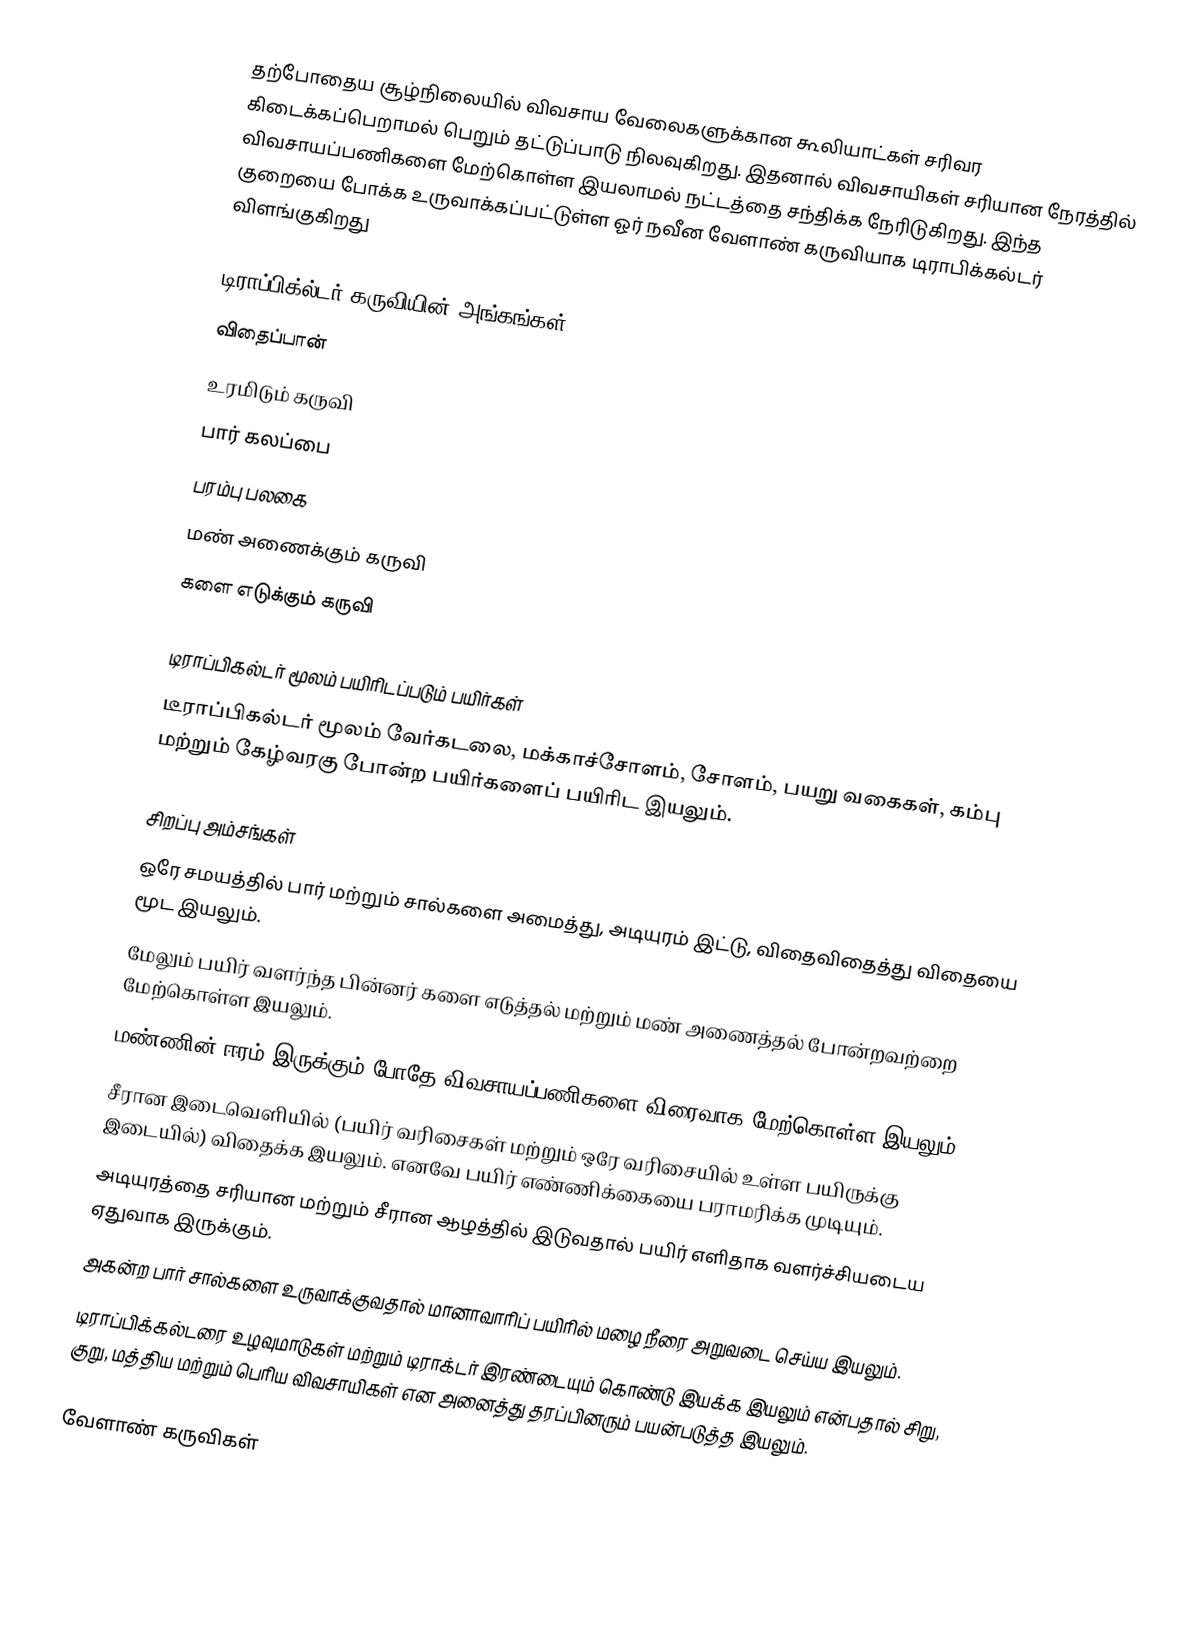
தற்போதைய சூழ்நிலையில் விவசாய வேலைகளுக்கான கூலியாட்கள் சரிவர கிடைக்கப்பெறாமல் பெறும் தட்டுப்பாடு நிலவுகிறது. இதனால் விவசாயிகள் சரியான நேரத்தில் விவசாயப்பணிகளை மேற்கொள்ள இயலாமல் நட்டத்தை சந்திக்க நேரிடுகிறது. இந்த குறையை போக்க உருவாக்கப்பட்டுள்ள ஓர் நவீன வேளாண் கருவியாக டிராபிக்கல்டர் விளங்குகிறது

டிராப்பிக்ல்டர் கருவியின் அங்கங்கள்
 விதைப்பான்
 உரமிடும் கருவி
 பார் கலப்பை
 பரம்பு பலகை
 மண் அணைக்கும் கருவி
 களை எடுக்கும் கருவி

டிராப்பிகல்டர் மூலம் பயிரிடப்படும் பயிர்கள்
டீராப்பிகல்டர் மூலம் வேர்கடலை, மக்காச்சோளம், சோளம், பயறு வகைகள், கம்பு மற்றும் கேழ்வரகு போன்ற பயிர்களைப் பயிரிட இயலும்.

சிறப்பு அம்சங்கள்
 ஒரே சமயத்தில் பார் மற்றும் சால்களை அமைத்து, அடியுரம் இட்டு, விதைவிதைத்து விதையை மூட இயலும்.
 மேலும் பயிர் வளர்ந்த பின்னர் களை எடுத்தல் மற்றும் மண் அணைத்தல் போன்றவற்றை மேற்கொள்ள இயலும்.
 மண்ணின் ஈரம் இருக்கும் போதே விவசாயப்பணிகளை விரைவாக மேற்கொள்ள இயலும்.
 சீரான இடைவெளியில் (பயிர் வரிசைகள் மற்றும் ஒரே வரிசையில் உள்ள பயிருக்கு இடையில்) விதைக்க இயலும். எனவே பயிர் எண்ணிக்கையை பராமரிக்க முடியும்.
 அடியுரத்தை சரியான மற்றும் சீரான ஆழத்தில் இடுவதால் பயிர் எளிதாக வளர்ச்சியடைய ஏதுவாக இருக்கும்.
 அகன்ற பார் சால்களை உருவாக்குவதால் மானாவாரிப் பயிரில் மழை நீரை அறுவடை செய்ய இயலும்.
 டிராப்பிக்கல்டரை உழவுமாடுகள் மற்றும் டிராக்டர் இரண்டையும் கொண்டு இயக்க இயலும் என்பதால் சிறு, குறு, மத்திய மற்றும் பெரிய விவசாயிகள் என அனைத்து தரப்பினரும் பயன்படுத்த இயலும்.

வேளாண் கருவிகள்